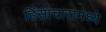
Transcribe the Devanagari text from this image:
हिंसाचारामध्ये